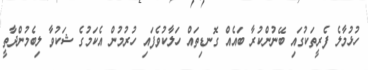
ހުޅުމާލެ ފެރީތަކުގައި ބޭނުންކުރާ ބައެއް ގޮނޑިތައް ހަލާކުވެފައި ހުރުމުން އެކަމުގެ ޝަކުވާ ލިބެމުންދާތީ